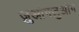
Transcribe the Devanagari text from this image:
ज़ुआंगज़ुआंग